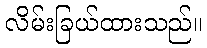
လိမ်းခြယ်ထားသည်။